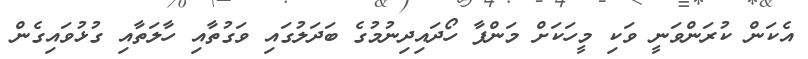
އެކަން ކުރަންވަނީ ވަކި މީހަކަށް މަންފާ ހޯދައިދިނުމުގެ ބަދަލުގައި ވަގުތާއި ހާލަތާއި ގުޅުވައިގެން